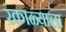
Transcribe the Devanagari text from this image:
रंकाळ्याला